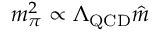
m _ { \pi } ^ { 2 } \propto \Lambda _ { \mathrm { Q C D } } \hat { m }